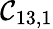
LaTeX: \mathcal{C}_{13,1}